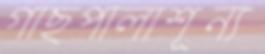
গাছপালাশূন্য